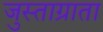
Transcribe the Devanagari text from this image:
जुस्ताग्राता